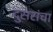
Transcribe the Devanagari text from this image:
दुसरांचा